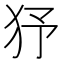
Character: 𤝉